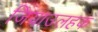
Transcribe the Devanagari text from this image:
जियाउलहक